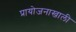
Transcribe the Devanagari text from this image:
प्रायोजनाखाली